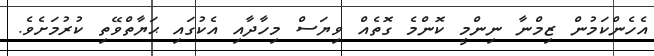
އެހެންކަމުން ޒިމްނާ ނިންމީ ކޮންމެ ގޮތެއް ވިޔަސް މިހާދާއި އެކުގައި ޙަޔާތްވޭތި ކުރުމަށެވެ.